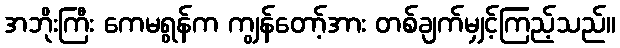
အဘိုးကြီး ကေမရွန်က ကျွန်တော့်အား တစ်ချက်မျှင့်ကြည့်သည်။